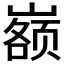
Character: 𰎷